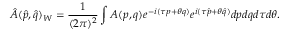
\hat { A } ( \hat { p } , \hat { q } ) _ { W } = \frac { 1 } { ( 2 \pi ) ^ { 2 } } \int A ( p , q ) e ^ { - i ( \tau p + \theta q ) } e ^ { i ( \tau \hat { p } + \theta \hat { q } ) } d p d q d \tau d \theta .